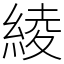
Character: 綾